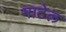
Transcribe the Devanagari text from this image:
माटेल